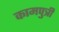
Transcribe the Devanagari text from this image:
कामपुत्री